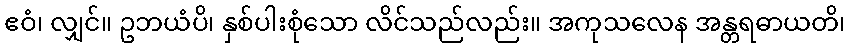
ဧဝံ၊ လျှင်။ ဥဘယံပိ၊ နှစ်ပါးစုံသော လိင်သည်လည်း။ အကုသလေန အန္တရဓာယတိ၊